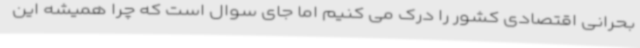
بحرانی اقتصادی کشور را درک می کنیم اما جای سوال است که چرا همیشه این